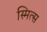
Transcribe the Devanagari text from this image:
स्मित्स